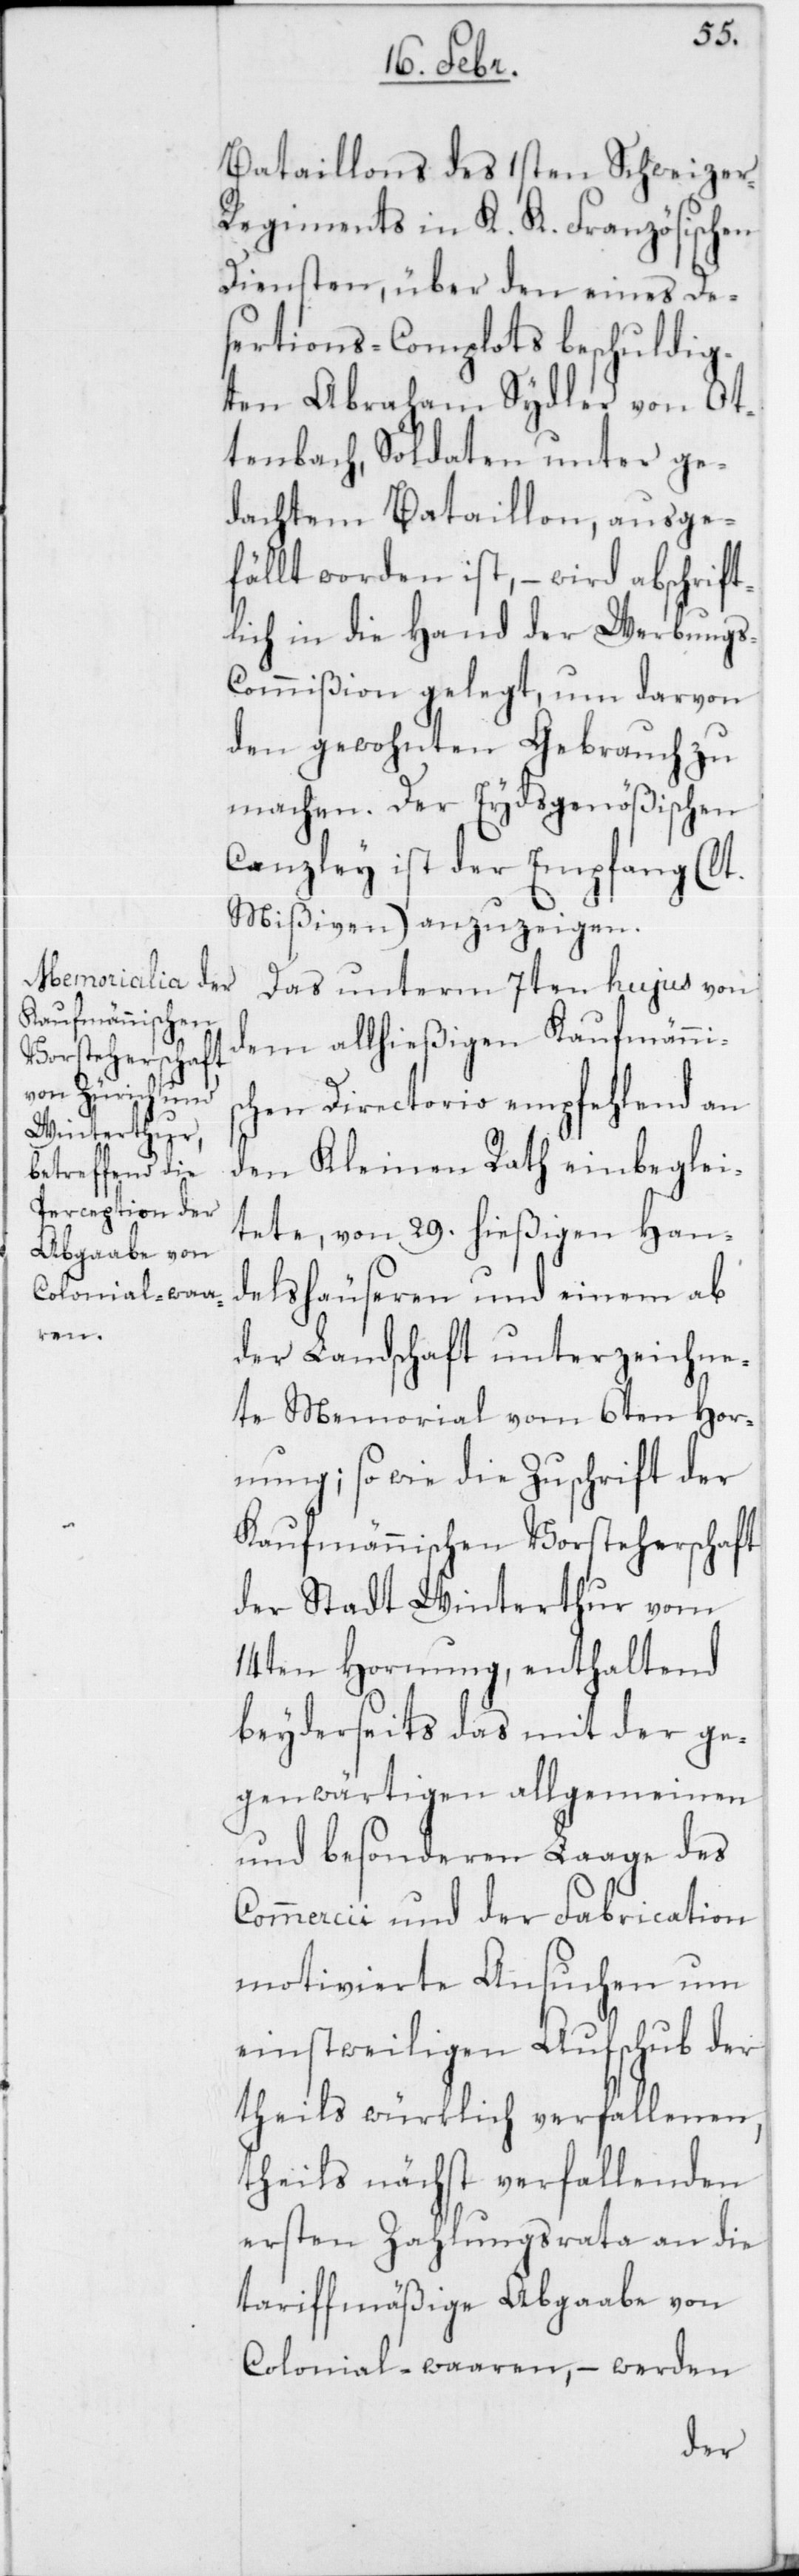
Bataillons des 1sten Schweize¬
r-Regiments in K. K. Französischen
Diensten, über den eines De¬
sertions-Complotts beschuldig¬
ten Abraham Sydler von Ot¬
tenbach, Soldaten unter ge¬
dachtem Bataillon, ausge¬
fällt worden ist, – wird abschrift¬
lich in die Hand der Werbungs-C¬
ommißion gelegt, um darvon
den gewohnten Gebrauch zu
machen. Der Eydsgenößischen
Canzley ist der Empfang (lt.
Mißiven) anzuzeigen.
Das unterm 7ten hujus von
dem allhießigen kaufmännis¬
chen Directorio empfehlend an
den Kleinen Rath einbeglei¬
tete, von 29. hießigen Hand¬
elshäuseren und einem ab
der Landschaft unterzeichne¬
ten Memorial vom 6ten Hor¬
nung; so wie die Zuschrift der
kaufmännischen Vorsteherschaft
der Stadt Winterthur vom
14ten Hornung, enthaltend
beyderseits das mit der ge¬
genwärtigen allgemeinen
und besonderen Laage des
Commercii und der Fabrication
motivierte Ansuchen um
einstweiligen Aufschub der
theils würklich verfallenen,
theils nächst verfallenden
ersten Zahlungsrata an die
tariffmäßige Abgaabe von
Colonial-waaren, – werden